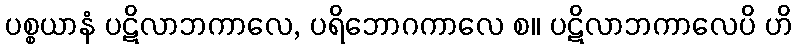
ပစ္စယာနံ ပဋိလာဘကာလေ, ပရိဘောဂကာလေ စ။ ပဋိလာဘကာလေပိ ဟိ